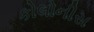
કોલોનીસ